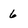
Character: 6